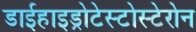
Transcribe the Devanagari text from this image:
डाईहाइड्रोटेस्टोस्टेरोन